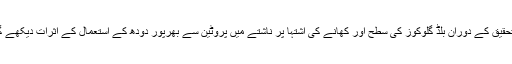
اس تحقیق کے دوران بلڈ گلوکوز کی سطح اور کھانے کی اشتہا پر ناشتے میں پروٹین سے بھرپور دودھ کے استعمال کے اثرات دیکھے گئے۔